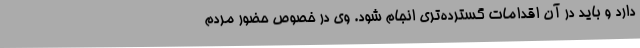
دارد و باید در آن اقدامات گسترده‌تری انجام شود. وی در خصوص حضور مردم